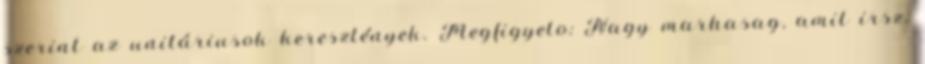
szerint az unitáriusok keresztények. Megfigyelo: Nagy marhasag, amit irsz.